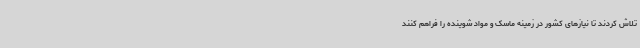
تلاش کردند تا نیازهای کشور در زمینه ماسک و مواد شوینده را فراهم کنند